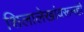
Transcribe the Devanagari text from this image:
शिलालेखांवरूनही